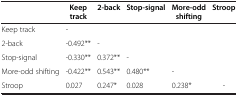
<table><thead><tr><td><b> </b></td><td><b>Keep track</b></td><td><b>2-back</b></td><td><b>Stop-signal</b></td><td><b>More-odd shifting</b></td><td><b>Stroop</b></td></tr></thead><tbody><tr><td>Keep track</td><td>-</td><td> </td><td> </td><td> </td><td> </td></tr><tr><td>2-back</td><td>-0.492**</td><td>-</td><td> </td><td> </td><td> </td></tr><tr><td>Stop-signal</td><td>-0.330**</td><td>0.372**</td><td>-</td><td> </td><td> </td></tr><tr><td>More-odd shifting</td><td>-0.422**</td><td>0.543**</td><td>0.480**</td><td>-</td><td> </td></tr><tr><td>Stroop</td><td>0.027</td><td>0.247*</td><td>0.028</td><td>0.238*</td><td>-</td></tr></tbody></table>